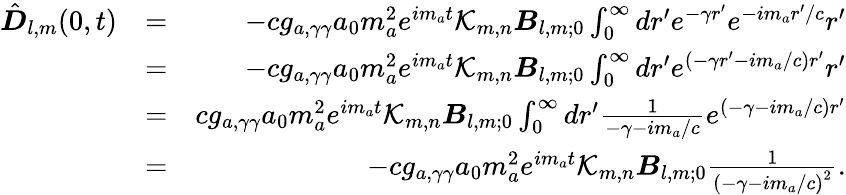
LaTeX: \begin{array}{rlr}{{\hat{\boldsymbol D}}_{l,m}(0,t)}&{=}&{-cg_{a,\gamma\gamma}a_{0}m_{a}^{2}e^{im_{a}t}\mathcal K_{m,n}\boldsymbol B_{l,m;0}\int_{0}^{\infty}dr^{\prime}e^{-\gamma r^{\prime}}e^{-im_{a}r^{\prime}/c}r^{\prime}}\\ &{=}&{-cg_{a,\gamma\gamma}a_{0}m_{a}^{2}e^{im_{a}t}\mathcal K_{m,n}\boldsymbol B_{l,m;0}\int_{0}^{\infty}dr^{\prime}e^{(-\gamma r^{\prime}-im_{a}/c)r^{\prime}}r^{\prime}}\\ &{=}&{cg_{a,\gamma\gamma}a_{0}m_{a}^{2}e^{im_{a}t}\mathcal K_{m,n}\boldsymbol B_{l,m;0}\int_{0}^{\infty}dr^{\prime}\frac{1}{-\gamma-im_{a}/c}e^{(-\gamma-im_{a}/c)r^{\prime}}}\\ &{=}&{-cg_{a,\gamma\gamma}a_{0}m_{a}^{2}e^{im_{a}t}\mathcal K_{m,n}\boldsymbol B_{l,m;0}\frac{1}{\left(-\gamma-im_{a}/c\right)^{2}}.}\end{array}